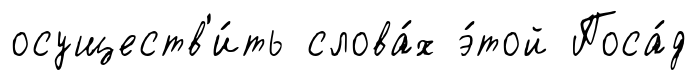
осуществ'и́ть слова́х э́той Поса́д